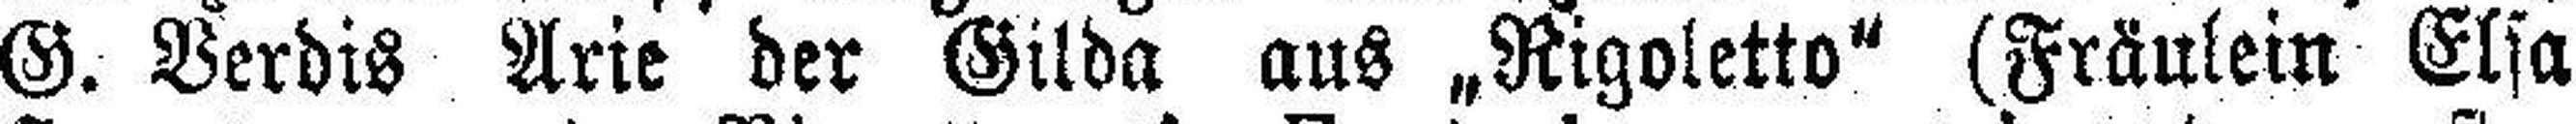
G. Verdis Arie der Gilda aus „Rigoletto" (Fräulein Elsa